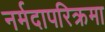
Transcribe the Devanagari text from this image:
नर्मदापरिक्रमा